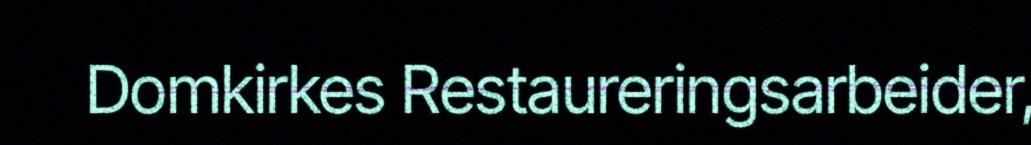
Domkirkes Restaureringsarbeider,